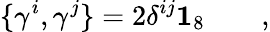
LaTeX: \{ \gamma^{i},\gamma^{j}\} =2\delta^{ij}\mathbf{1}_{8}\qquad,